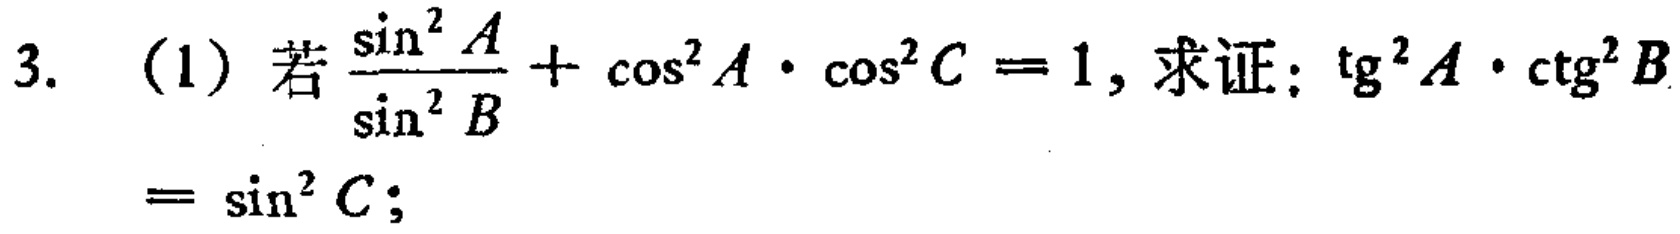
3. (1) 若$\frac{\sin^{2}A}{\sin^{2}B}+\cos^{2}A\cdot\cos^{2}C = 1$, 求证：$\mathrm{tg}^{2}A\cdot\mathrm{ctg}^{2}B=\sin^{2}C$;